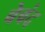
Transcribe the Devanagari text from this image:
बेबंद